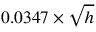
0 . 0 3 4 7 \times { \sqrt { h } }